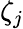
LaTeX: \zeta_{j}